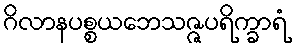
ဂိလာနပစ္စယဘေသဇ္ဇပရိက္ခာရံ